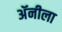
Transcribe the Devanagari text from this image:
अॅनीला